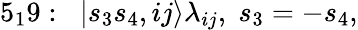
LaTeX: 5_{1}9:\; \; |s_{3}s_{4},ij\rangle\lambda_{ij},\; s_{3}=-s_{4},